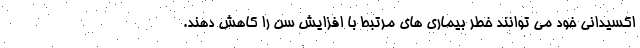
اکسیدانی خود می توانند خطر بیماری های مرتبط با افزایش سن را کاهش دهند.